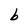
Character: b